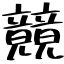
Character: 竸